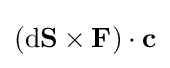
(\mathrm {d} \mathbf {S} \times \mathbf {F} )\cdot \mathbf {c}